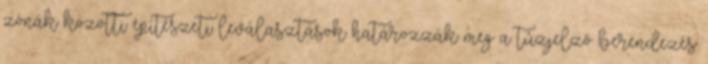
zónák közötti építészeti leválasztások határozzák meg a tûzjelzõ berendezés